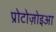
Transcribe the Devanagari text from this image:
प्रोटोज़ोइआ